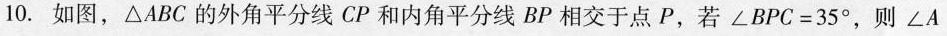
10.如图，△ABC的外角平分线CP和内角平分线BP相交于点P，若∠BPC=35°，则∠A